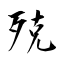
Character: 殑